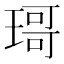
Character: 𱯍